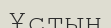
Ұстын